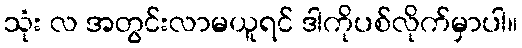
သုံး လ အတွင်းလာမယူရင် ဒါကိုပစ်လိုက်မှာပါ။